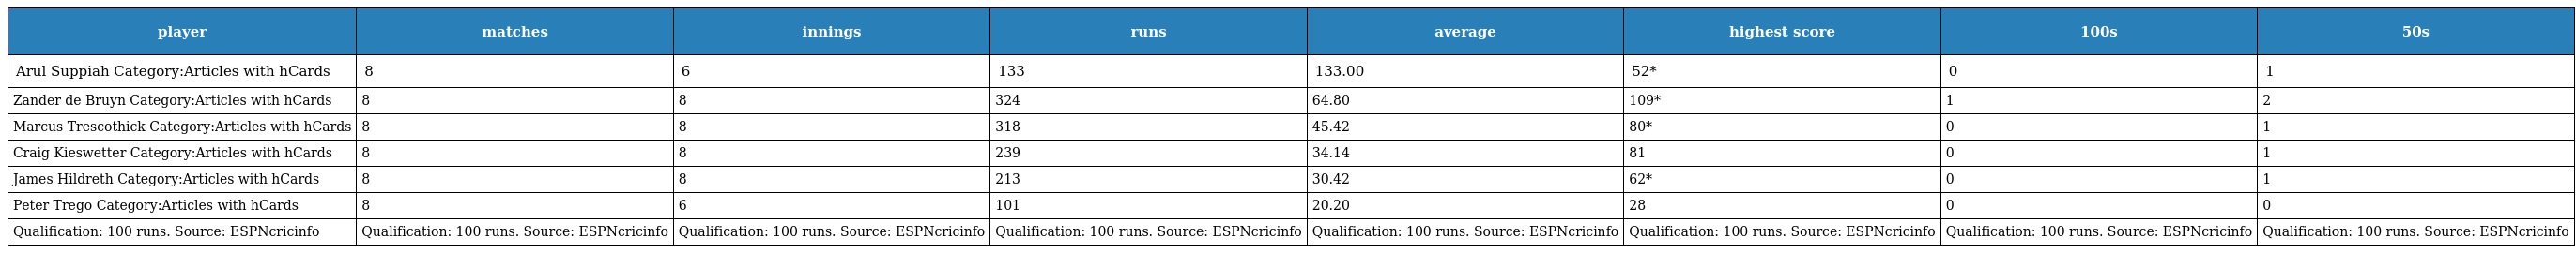
| player | matches | innings | runs | average | highest score | 100s | 50s |
 | --- | --- | --- | --- | --- | --- | --- | --- |
 | Arul Suppiah Category:Articles with hCards | 8 | 6 | 133 | 133.00 | 52* | 0 | 1 |
 | Zander de Bruyn Category:Articles with hCards | 8 | 8 | 324 | 64.80 | 109* | 1 | 2 |
 | Marcus Trescothick Category:Articles with hCards | 8 | 8 | 318 | 45.42 | 80* | 0 | 1 |
 | Craig Kieswetter Category:Articles with hCards | 8 | 8 | 239 | 34.14 | 81 | 0 | 1 |
 | James Hildreth Category:Articles with hCards | 8 | 8 | 213 | 30.42 | 62* | 0 | 1 |
 | Peter Trego Category:Articles with hCards | 8 | 6 | 101 | 20.20 | 28 | 0 | 0 |
 | Qualification: 100 runs. Source: ESPNcricinfo | Qualification: 100 runs. Source: ESPNcricinfo | Qualification: 100 runs. Source: ESPNcricinfo | Qualification: 100 runs. Source: ESPNcricinfo | Qualification: 100 runs. Source: ESPNcricinfo | Qualification: 100 runs. Source: ESPNcricinfo | Qualification: 100 runs. Source: ESPNcricinfo | Qualification: 100 runs. Source: ESPNcricinfo |